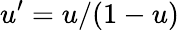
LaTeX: u^{\prime}=u/(1-u)